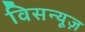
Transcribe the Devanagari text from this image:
विसन्यूज़